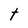
Character: t